Report on vaccination in Madras 1895-1903 - 1895-1903
Year: 1895
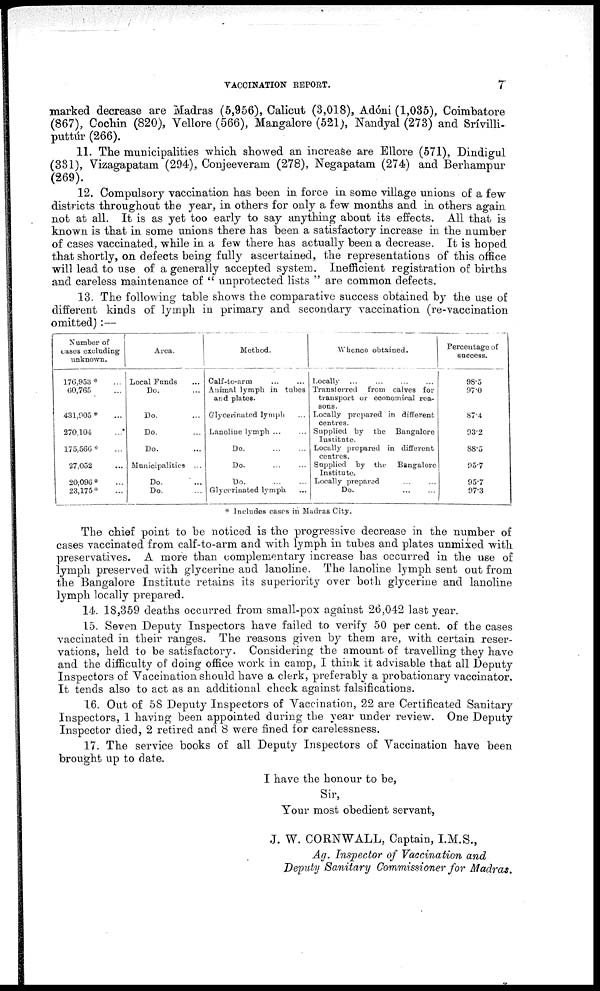
VACCINATION REPORT.
7
marked decrease are Madras (5,956), Calicut (3,018), Ad6ni (1,035), Coimbatore
(867), Cochin (820), Vellore (566), Mangalore (521), Nandyal (273) and Srívilli¬
puttúr (266).
11. The municipalities which showed an increase are Ellore (571), Dindigul
(331), Vizagapatam (294), Conjeeveram (278), Negapatam (274) and Berhampur
(269).
12. Compulsory vaccination has been in force in some village unions of a few
districts throughout the year, in others for only a few months and in others again
not at all. It is as yet too early to say anything about its effects. All that is
known is that in some unions there has been a satisfactory increase in the number
of cases vaccinated, while in a few there has actually been a decrease. It is hoped
that shortly, on defects being fully ascertained, the representations of this office
will lead to use of a generally accepted system. Inefficient registration of births
and careless maintenance of " unprotected lists " are common defects.
13. The following table shows the comparative success obtained by the use of
different kinds of lymph in primary and secondary vaccination (re-vaccination
omitted):—
Number of
cases excluding
unknown.
176,953* ...
60,765 ...
431,905 * ...
270,104 ...
175,566* ...
27,052 ...
20,096* ...
23,175* ...
Area.
Local Funds ...
Do. ...
Do. ...
Do. ...
Do. ...
Municipalities ...
Do. ...
Do. ...
Method.
Calf-to-arm
...
...
Animal lymph in tubes
and plates.
Glycerinated lymph ...
Lanoline lymph ...
Do.
...
...
Do.
...
...
Do.
...
...
Glycerinated lymph ...
Whence obtained.
Locally ... ... ... ...
Transferred from calves for
transport or economical rea-
sons.
Locally prepared in different
centres.
Supplied by the Bangalore
Institute.
Locally prepared in different
centres.
Supplied by the
Bangalore
Institute.
Locally prepared ... ...
Do.
...
...
Percentage of
success.
98.5
97.0
87.4
93.2
88.5
95.7
95.7
97.3
* Includes cases in Madras City.
The chief point to be noticed is the progressive decrease in the number of
cases vaccinated from calf-to-arm and with lymph in tubes and plates unmixed with
preservatives. A more than complementary increase has occurred in the use of
lymph preserved with glycerine and lanoline. The lanoline lymph sent out from
the Bangalore Institute retains its superiority over both glycerine and lanoline
lymph locally prepared.
14. 18,359 deaths occurred from small-pox against 26,042 last year.
15. Seven Deputy Inspectors have failed to verify 50 per cent. of the cases
vaccinated in their ranges. The reasons given by them are, with certain reser-
vations, held to be satisfactory. Considering the amount of travelling they have
and the difficulty of doing office work in camp, I think it advisable that all Deputy
Inspectors of Vaccination should have a clerk, preferably a probationary vaccinator.
It tends also to act as an additional check against falsifications.
16. Out of 58 Deputy Inspectors of Vaccination, 22 are Certificated Sanitary
Inspectors, 1 having been appointed during the year under review. One Deputy
Inspector died, 2 retired and 8 were fined for carelessness.
17. The service books of all Deputy Inspectors of Vaccination have been
brought up to date.
I have the honour to be,
Sir,
Your most obedient servant,
J. W. CORNWALL, Captain, I.M.S.,
Ag. Inspector of Vaccination and
Deputy Sanitary Commissioner for Madras.